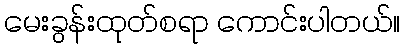
မေးခွန်းထုတ်စရာ ကောင်းပါတယ်။